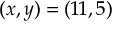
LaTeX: ( x , y ) = ( 1 1 , 5 )